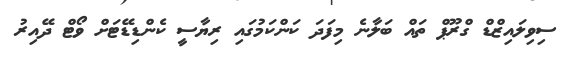
ސިވިލައިޒްޑް ގްރޫޕް ތައް ބަލާނެ މިފަދަ ކަންކަމުގައި ރިޔާސީ ކެންޑިޑޭޓަށް ވޯޓް ދޭއިރު